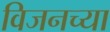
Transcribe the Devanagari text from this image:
विजनच्या